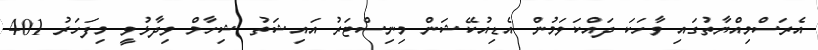
އެރަސްމިއްޔާތުގައި ވާހަކަ ދައްކަވަމުން އެޑިއުކޭޝަން މިނިސްޓަރު އައިޝަތު ޝިހާމް ވިދާޅުވީ މިފަހަރު 401